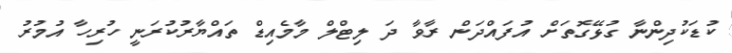
ކުޑަކުދިންނާ ގުޅޭގޮތަށް އުފައްދަން ރާވާ ދަ ލިޓްލް މާމެއިޑް ތައްޔާރުކުރަނީ ހުރިހާ އުމުރު